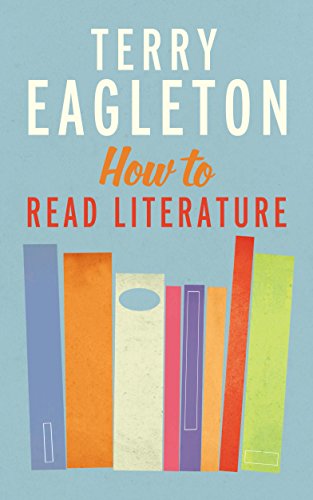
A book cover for How to Read Literature; Terry Eagleton; Literature & Fiction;